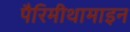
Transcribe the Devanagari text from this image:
पैरिमीथामाइन